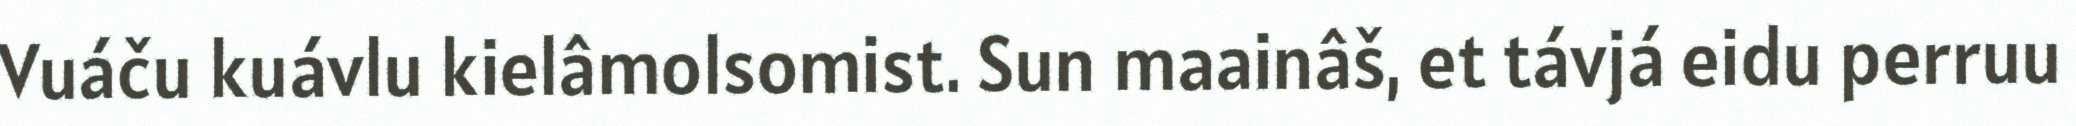
Vuáču kuávlu kielâmolsomist. Sun maainâš, et távjá eidu perruu